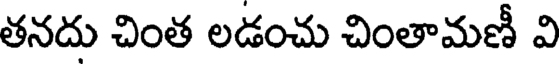
తనదు చింత లడంచు చింతామణీ వి